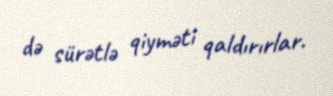
də sürətlə qiyməti qaldırırlar.